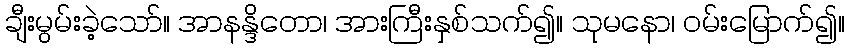
ချီးမွမ်းခဲ့သော်။ အာနန္ဒိတော၊ အားကြီးနှစ်သက်၍။ သုမနော၊ ဝမ်းမြောက်၍။